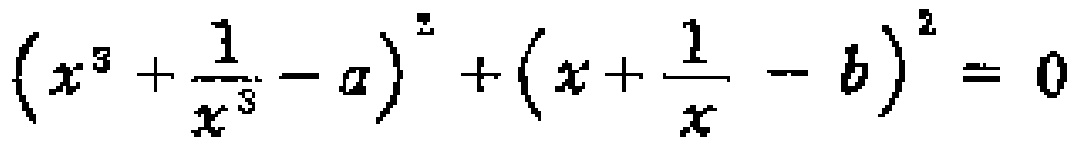
\(\left(x^{3}+\frac{1}{x^{3}}-a\right)^{2}+\left(x+\frac{1}{x}-b\right)^{2}=0\)